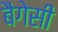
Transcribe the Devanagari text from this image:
बैगेसी